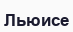
Льюисе